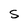
Character: S